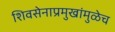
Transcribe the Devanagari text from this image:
शिवसेनाप्रमुखांमुळेच